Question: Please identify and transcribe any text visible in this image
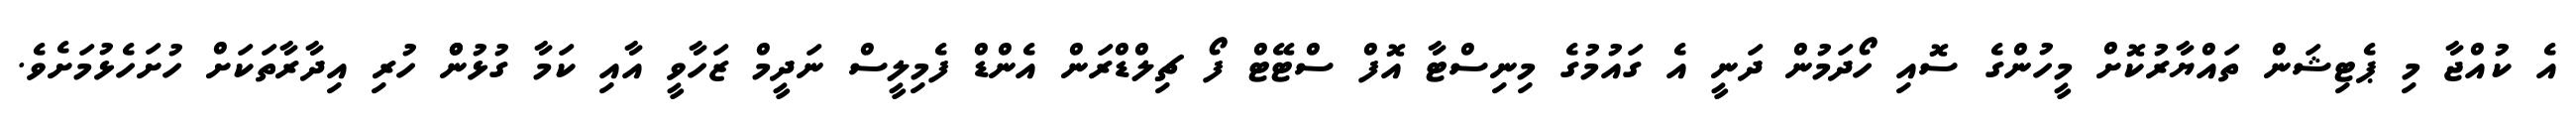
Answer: އެ ކުއްޖާ މި ޕެޓިޝަން ތައްޔާރުކޮށް މީހުންގެ ސޮއި ހޯދަމުން ދަނީ އެ ގައުމުގެ މިނިސްޓާ އޮފް ސްޓޭޓް ފޯ ޗިލްޑްރަން އެންޑް ފެމިލީސް ނަދީމް ޒަހާވީ އާއި ކަމާ ގުޅުންް ހުރި އިދާރާތަކަށް ހުށަހެޅުމަށެވެ.